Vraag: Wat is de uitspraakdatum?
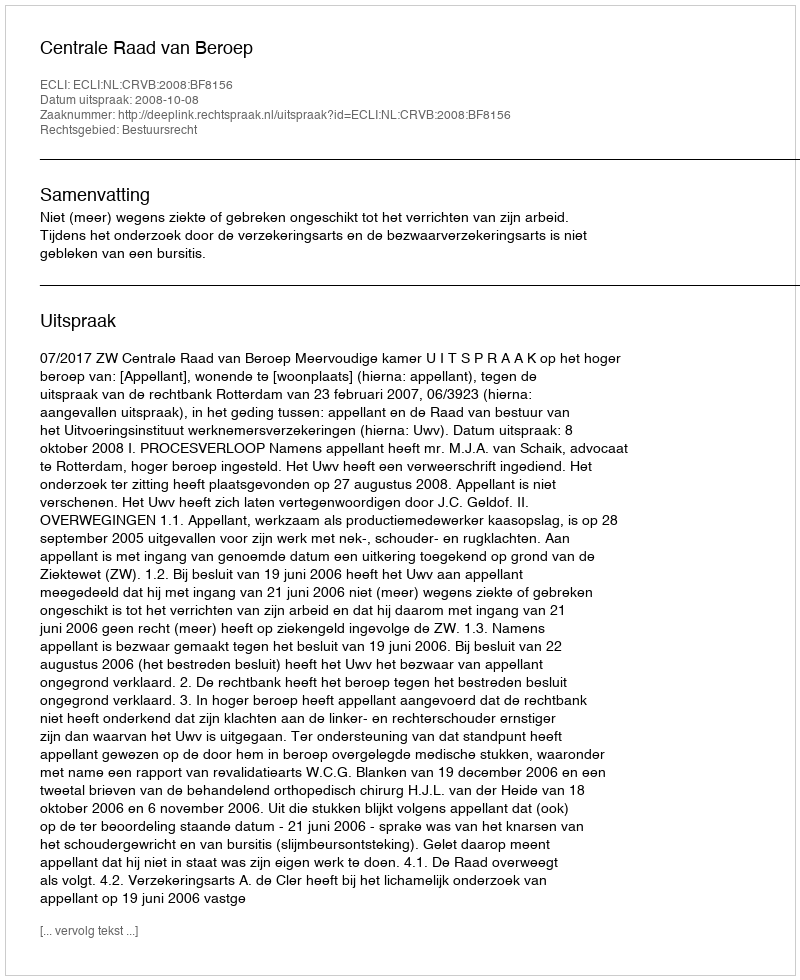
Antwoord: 2008-10-08